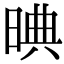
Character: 晪